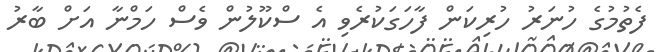
ފެތުމުގެ ހުނަރު ހުރިކަން ފާހަގަކުރެވި އެ ސްކޫލުން ވެސް ހަމްނާ އަށް ބާރު